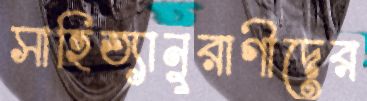
সাহিত্যানুরাগীদের